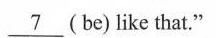
\underline{7}